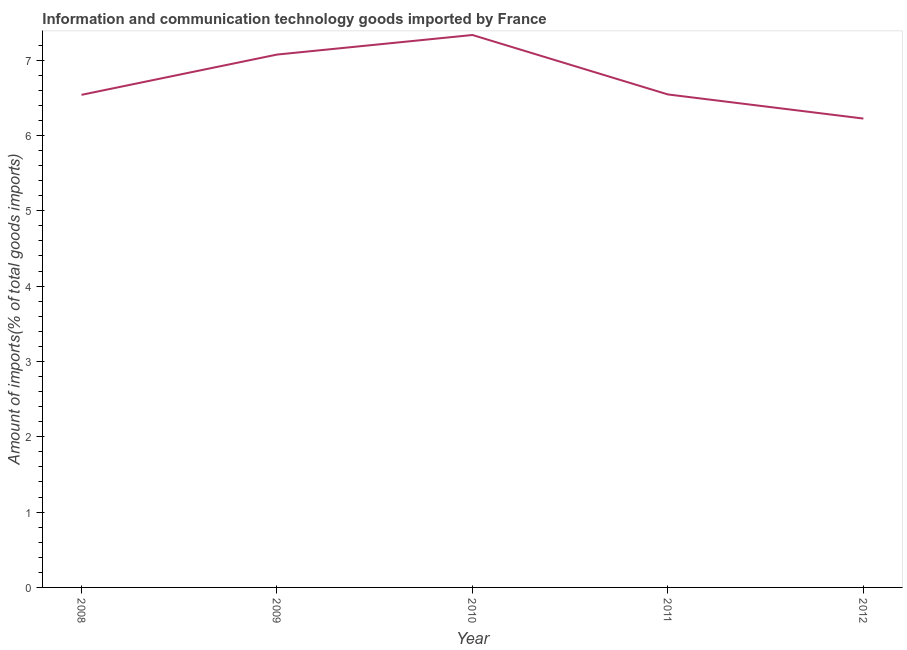
| Year | ICT goods imports |
 | --- | --- |
 | 2008 | 6.54 |
 | 2009 | 7.07 |
 | 2010 | 7.33 |
 | 2011 | 6.54 |
 | 2012 | 6.22 |